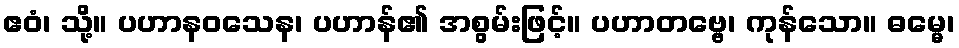
ဧဝံ၊ သို့။ ပဟာနဝသေန၊ ပဟာန်၏ အစွမ်းဖြင့်။ ပဟာတဗ္ဗေ၊ ကုန်သော။ ဓမ္မေ၊